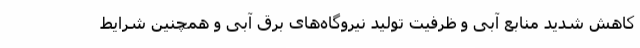
کاهش شدید منابع آبی و ظرفیت تولید نیروگاه‌های برق آبی و همچنین شرایط